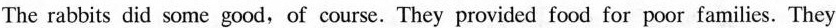
The rabbits did some good，of course. They provided food for poor families. They